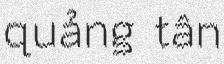
quảng tân